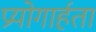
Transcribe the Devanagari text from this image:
प्रयोगार्हता